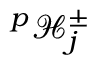
^ p \mathcal { H } _ { j } ^ { \pm }